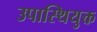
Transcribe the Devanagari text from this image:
उपास्थियुक्त